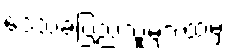
ဒေသခံပြည်သူများထံမှ